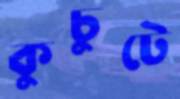
কুচুটে